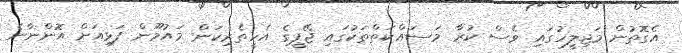
އެގޮތުން މަޖިލީހުގައި ވެސް ކުރާ މަސައްކަތްތަކުގައި ޖޭޕީގެ އެހީތެރިކަން މައުމޫން ފަޅިއަށް އޮންނާނެ